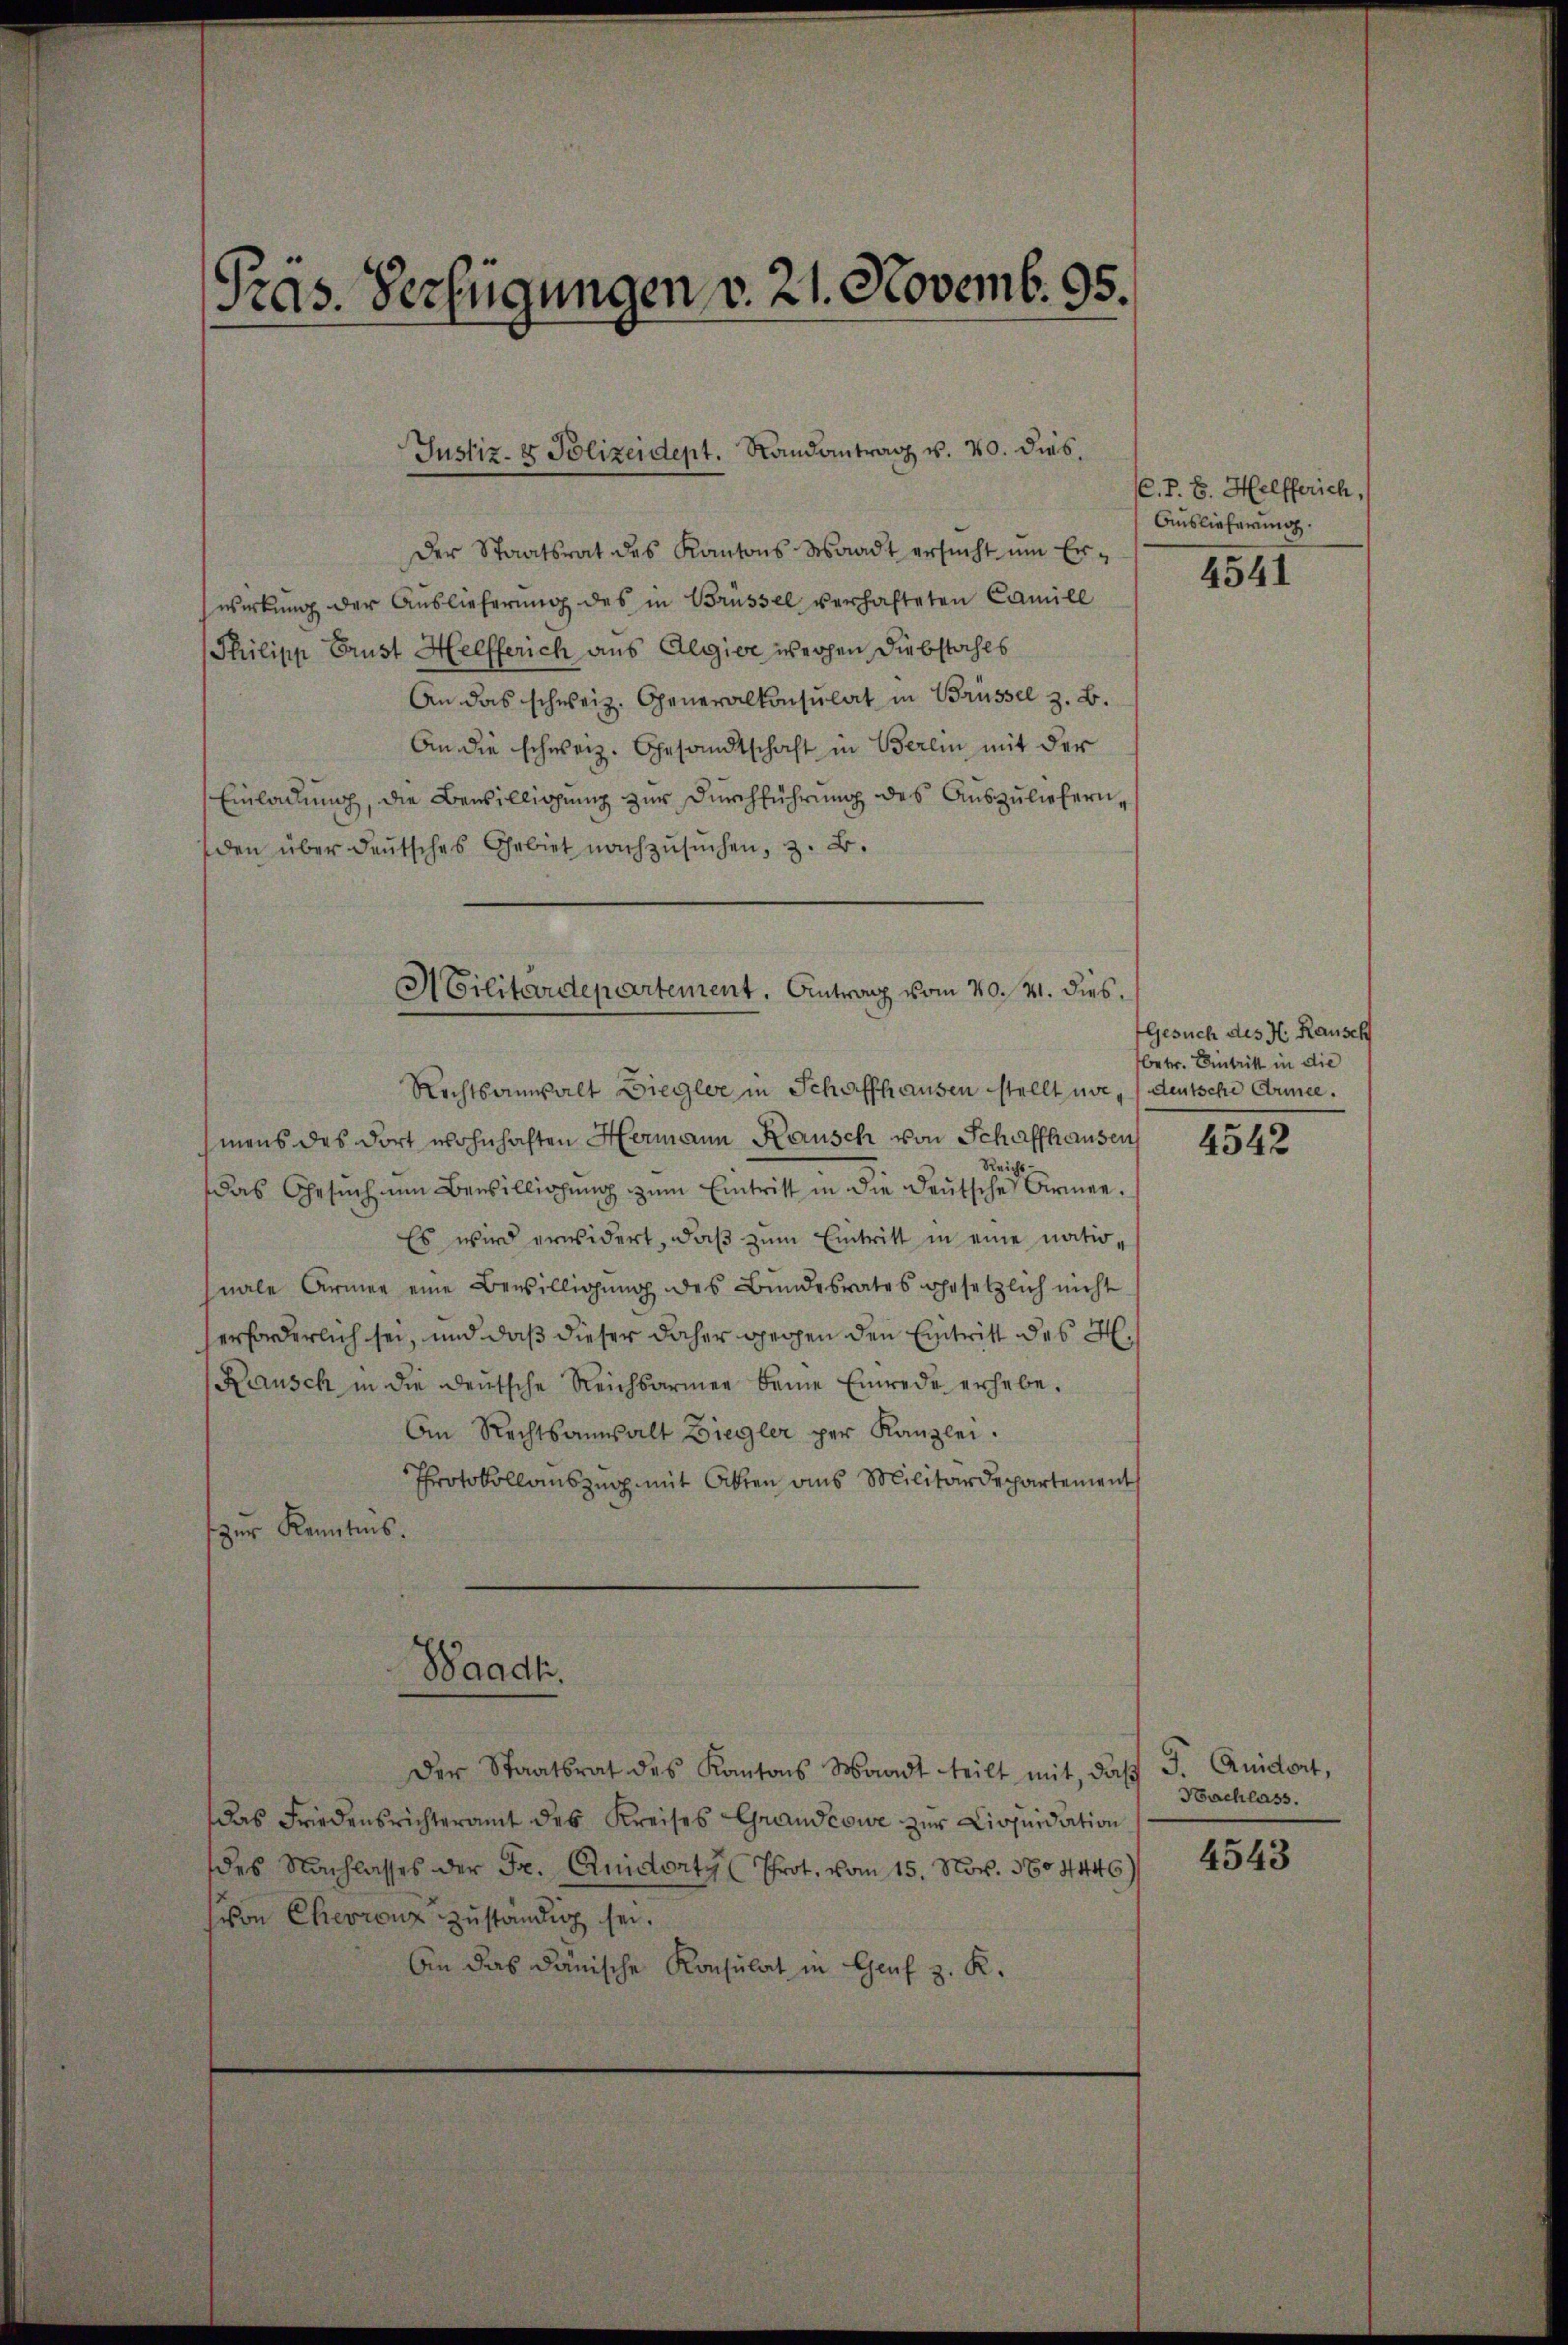
Pras. Verfügungen v. 21. Novemb. 95.

Justiz- & Polizeidept. Randantrag v. 20. dies.

Der Staatsrat des Kantons Waadt ersŭcht ŭm Erwirkung der Auslieferung des in Brüssel verhafteten Camill
Philipp Brust Helfferich aus Algier weihen Diebstahls
An das schweiz. Generalkonsulat in Brüssel z. B.
An die schweiz. Gesandtschaft in Berlin mit der
Einladung, die Bewilligung zur Durchführung des Auszuliefern,
den über deutsches Gebiet nachzŭsŭchen, z. B.
Rechtsanwalt Ziegler in Schaffhausen stellt une
mens des dort wohnhaften Hermann Rausch von Schaffhausen
Reichs
das Gesuch nun Bewilligung zum Eintritt in die Deutsche Armee.
Es wird erwidert, daß zum Eintritt in eine nationale Armee eine Bewilligung des Bundesrates gesetzlich nicht
erforderlich sei, und daß dieser daher gegen den Eintritt des H.
Rausch in die deutsche Reichsarmen seine Einrede erhebe.
An Rechtsanwalt Ziegler per Kanzlei.
Protokollauszug mit Akten aus Militärdepartement
zŭr Kenntnis.
Waadt.
Der Staatsrat des Kantons Waadt teilt mit, daβ
das Friedensrichteramt des Kreises Grandcowe zŭr Liquidation
des Nachlasses der Fr. Einidorty (Prot. vom 15. Nov. 1604446)
sion Cherrenz zuständig sei.
An das dänische Konsulat in Genf z. K.

Militärdepartement. Antrag vom 20. 41. dies

(C. P. F. Helfferich, (
Auslieferung.

4541

Gesuch des H. Rausch
betr. Eintritt in die
deutsche Armee.

4542

F. Quidert,
Nachlass.

4543